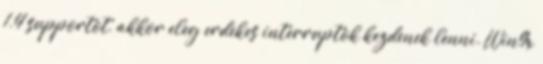
1.4 supportot, akkor eleg erdekes interruptok kezdenek lenni. Win9x